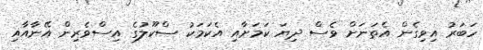
ހަބަރު އިވިގެން އެތަނަށް ވެސް ދިޔަ ކަމަށާއި އެކަމަކު ސްކޫލުގެ އިސްވެރިން އޭނާއާއި